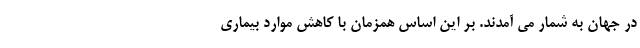
در جهان به شمار می آمدند. بر این اساس همزمان با کاهش موارد بیماری